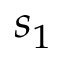
s _ { 1 }